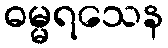
ဓမ္မရသေန